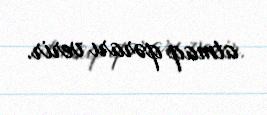
atmaq qərarı verir.